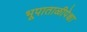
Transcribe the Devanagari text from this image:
भूपाताळीपेक्षा